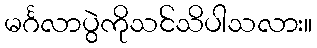
မင်္ဂလာပွဲကိုသင်သိပါသလား။